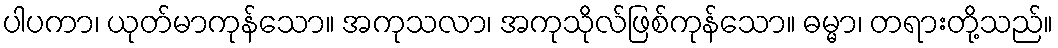
ပါပကာ၊ ယုတ်မာကုန်သော။ အကုသလာ၊ အကုသိုလ်ဖြစ်ကုန်သော။ ဓမ္မာ၊ တရားတို့သည်။